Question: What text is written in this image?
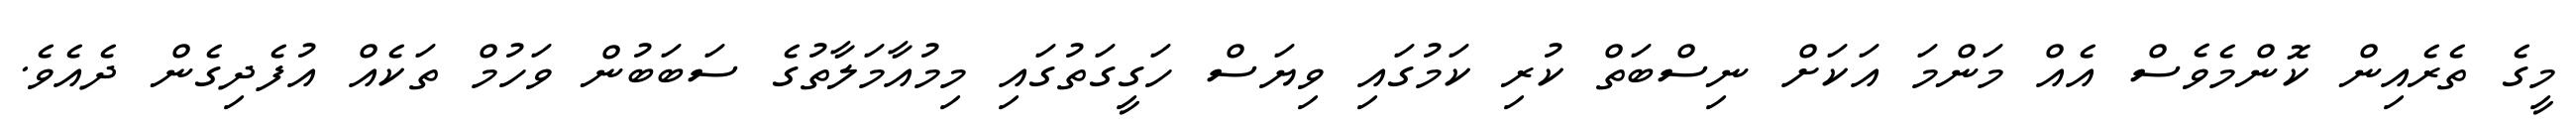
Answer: މީގެ ތެރެއިން ކޮންމެވެސް އެއް މަންމަ އަކަށް ނިސްބަތް ކުރި ކަމުގައި ވިޔަސް ހަގީގަތުގައި މިމުއާމަލާތުގެ ސަބަބުން ވަހުމް ތަކެއް އުފެދިގެން ދެއެވެ.